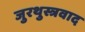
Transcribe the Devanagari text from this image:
जुरथुस्त्रवाद